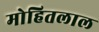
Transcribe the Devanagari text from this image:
मोहितलाल